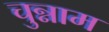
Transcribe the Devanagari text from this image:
चुन्नाम